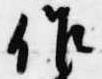
作